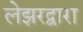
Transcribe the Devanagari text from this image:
लेझरद्वारा